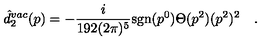
\hat { d } _ { 2 } ^ { v a c } ( p ) = - \frac { i } { 1 9 2 ( 2 \pi ) ^ { 5 } } \mathrm { s g n } ( p ^ { 0 } ) \Theta ( p ^ { 2 } ) ( p ^ { 2 } ) ^ { 2 } \quad .